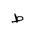
Letter: _da